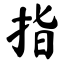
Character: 指